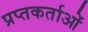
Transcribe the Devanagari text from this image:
प्रप्तकर्ताओं